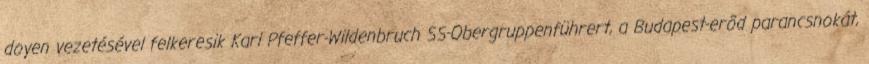
doyen vezetésével felkeresik Karl Pfeffer-Wildenbruch SS-Obergruppenführert, a Budapest-erõd parancsnokát,